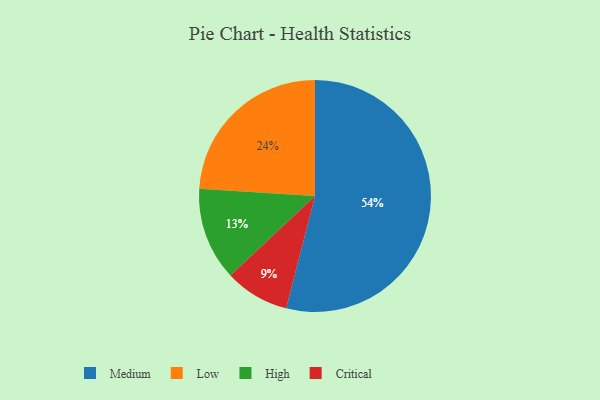
{"axis": {"x": "Category", "y": "Percentage"}, "legend": ["Critical", "High", "Low", "Medium"], "data": [{"x": "Low", "y": 24, "type": "Low"}, {"x": "Critical", "y": 9, "type": "Critical"}, {"x": "High", "y": 13, "type": "High"}, {"x": "Medium", "y": 54, "type": "Medium"}]}